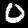
Label: 0